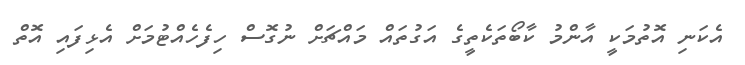
އެކަނި އޮތުމަކީ އާންމު ކާބޯތަކެތީގެ އަގުތައް މައްޗަށް ނުގޮސް ހިފެހެއްޓުމަށް އެޅިފައި އޮތް